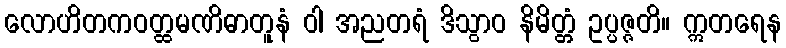
လောဟိတကဝတ္ထမဏိဓာတူနံ ဝါ အညတရံ ဒိသွာဝ နိမိတ္တံ ဥပ္ပဇ္ဇတိ။ ဣတရေန